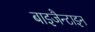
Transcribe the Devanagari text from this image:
बाइजैन्टाइन